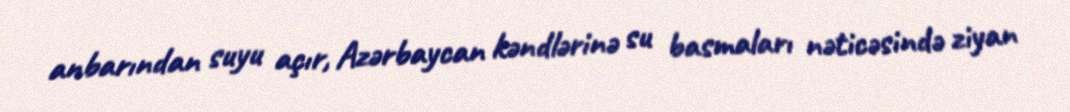
anbarından suyu açır, Azərbaycan kəndlərinə su basmaları nəticəsində ziyan